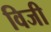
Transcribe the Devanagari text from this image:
विजी